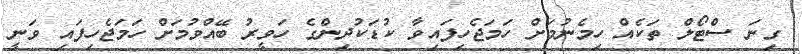
ގިނަ ސްޓޯލް ތަކެއް ހިމެނުމަށް ހަމަޖެހިފައިވާ ކުޑަކުދިންގެ ހަވީރު ބޭއްވުމަށް ހަމަޖެހިފައި ވަނީ